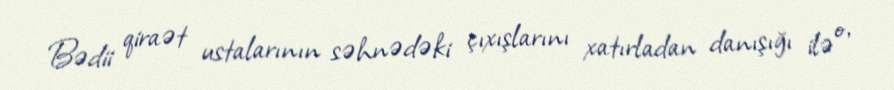
Bədii qiraət ustalarının səhnədəki çıxışlarını xatırladan danışığı ilə o,